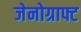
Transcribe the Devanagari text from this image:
जेनोग्राफ्ट